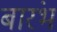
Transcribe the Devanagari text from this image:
बारंभ